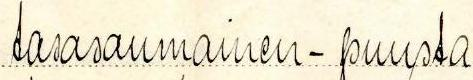
tasasaumainen - puusta